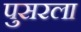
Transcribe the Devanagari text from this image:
पुसरला